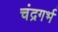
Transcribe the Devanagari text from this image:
चंद्रगर्भ